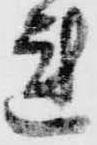
れ